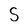
Character: S